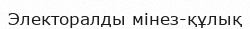
Электоралды мінез-құлық